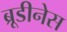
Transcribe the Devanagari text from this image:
ब्रूडीनेस